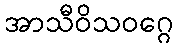
အာသီဝိသဝဂ္ဂေ